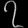
Digit: ၇